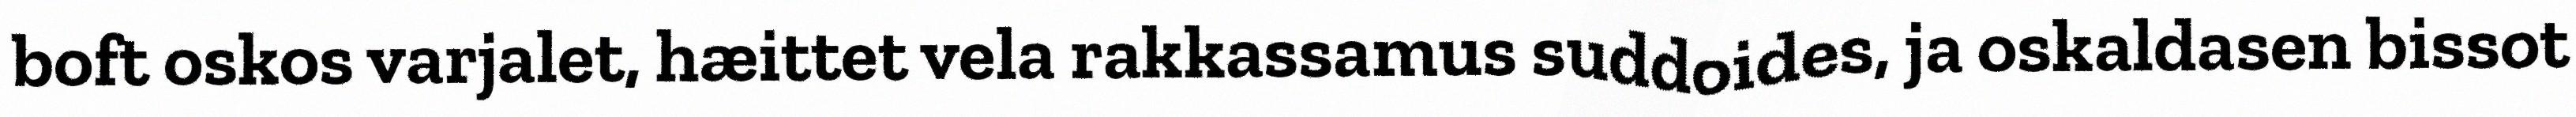
boft oskos varjalet, hæittet vela rakkassamus suddoides, ja oskaldasen bissot